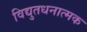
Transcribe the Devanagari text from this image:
विद्युतधनात्मक